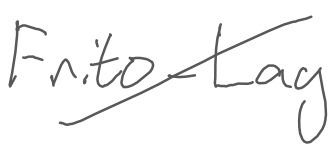
Text: Frito-Lay
Cross-out: diagonal
Writing tool: digital_gray